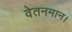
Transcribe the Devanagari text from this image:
वेतनमान।